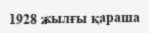
1928 жылғы қараша